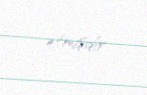
etmişdir.